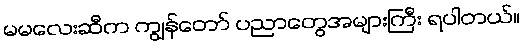
မမလေးဆီက ကျွန်တော် ပညာတွေအများကြီး ရပါတယ်။